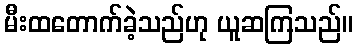
မီးထတောက်ခဲ့သည်ဟု ယူဆကြသည်။